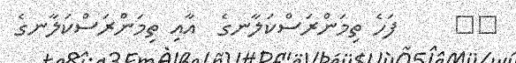
٢١     ފަހެ ތިމަންރަސްކަލާނގެ  އާއި ތިމަންރަސްކަލާނގެ